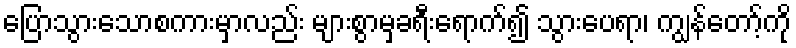
ပြောသွားသောစကားမှာလည်း များစွာမှခရီးရောက်၍ သွားပေရာ၊ ကျွန်တော့်ကို